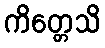
ကိတ္တေသိ